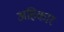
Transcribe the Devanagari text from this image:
अहिकार